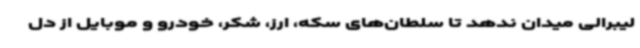
لیبرالی میدان ندهد تا سلطان‌های سکه، ارز، شکر، خودرو و موبایل از دل